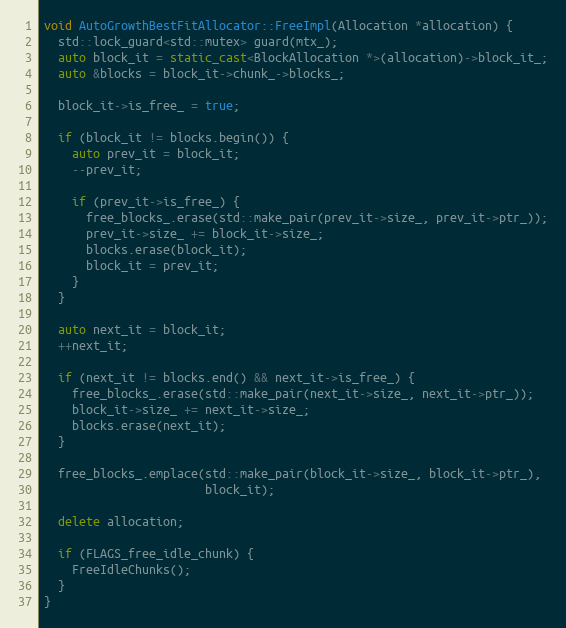
Language: C++
void AutoGrowthBestFitAllocator::FreeImpl(Allocation *allocation) {
  std::lock_guard<std::mutex> guard(mtx_);
  auto block_it = static_cast<BlockAllocation *>(allocation)->block_it_;
  auto &blocks = block_it->chunk_->blocks_;

  block_it->is_free_ = true;

  if (block_it != blocks.begin()) {
    auto prev_it = block_it;
    --prev_it;

    if (prev_it->is_free_) {
      free_blocks_.erase(std::make_pair(prev_it->size_, prev_it->ptr_));
      prev_it->size_ += block_it->size_;
      blocks.erase(block_it);
      block_it = prev_it;
    }
  }

  auto next_it = block_it;
  ++next_it;

  if (next_it != blocks.end() && next_it->is_free_) {
    free_blocks_.erase(std::make_pair(next_it->size_, next_it->ptr_));
    block_it->size_ += next_it->size_;
    blocks.erase(next_it);
  }

  free_blocks_.emplace(std::make_pair(block_it->size_, block_it->ptr_),
                       block_it);

  delete allocation;

  if (FLAGS_free_idle_chunk) {
    FreeIdleChunks();
  }
}